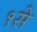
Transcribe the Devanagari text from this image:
१से